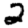
Digit: 2